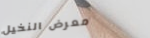
معرض النخيل